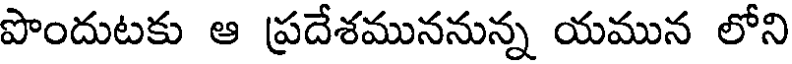
పొందుటకు ఆ ప్రదేశముననున్న యమున లోని